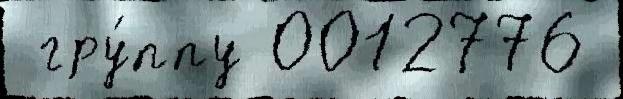
 гру́ппу 0012776